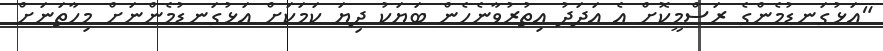
"އަޅުގަނޑުމެންގެ ރަސްމީކޮށް އެ އަދަދު އިތުރުވާނެހެން ބަޔަކު ދިޔަ ކަމަކަށް އަޅުގަނޑުމެންނަށް މިހާތަނަށް